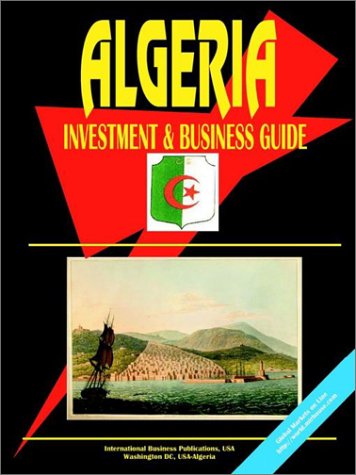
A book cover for Algeria Investment and Business Guide; Travel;